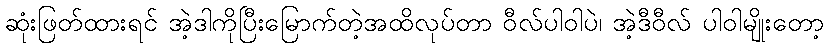
ဆုံးဖြတ်ထားရင် အဲ့ဒါကိုပြီးမြောက်တဲ့အထိလုပ်တာ ဝီလ်ပါဝါပဲ၊ အဲ့ဒီဝီလ် ပါဝါမျိုးတော့